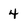
Character: 4